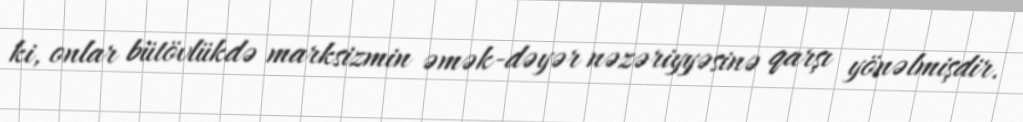
ki, onlar bütövlükdə marksizmin əmək-dəyər nəzəriyyəsinə qarşı yönəlmişdir.